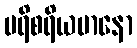
ပရိစရိယမာနော